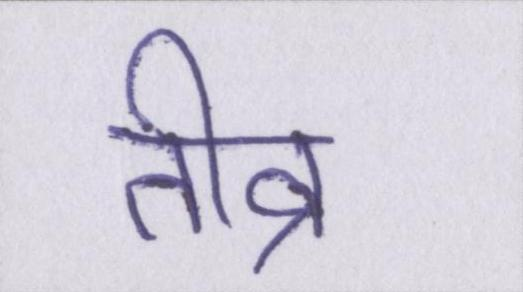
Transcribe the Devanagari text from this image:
तीव्र